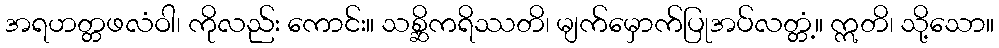
အရဟတ္တဖလံဝါ၊ ကိုလည်း ကောင်း။ သစ္ဆိကရိဿတိ၊ မျက်မှောက်ပြုအပ်လတ္တံ့။ ဣတိ၊ သို့သော။